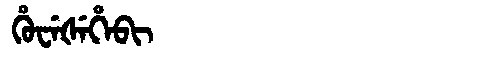
Manchu: ᡥᡠᠸᡝᡧᡝᡥᡝᠪᡳ
Romanization: HUWEŠEHEBI